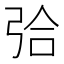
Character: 㢵